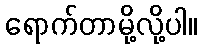
ရောက်တာမို့လို့ပါ။